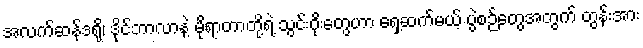
အလက်ဆန်ဒရို၊ ဒိုင်ဘာလာနဲ့ မိုရာတာတို့ရဲ့ သွင်းဂိုးတွေဟာ ရှေ့ဆက်မယ့် ပွဲစဉ်တွေအတွက် တွန်းအား